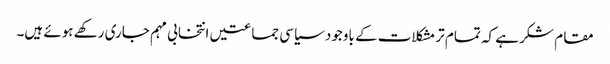
مقام شکر ہے کہ تمام تر مشکلات کے باوجود سیاسی جماعتیں انتخابی مہم جاری رکھے ہوئے ہیں۔